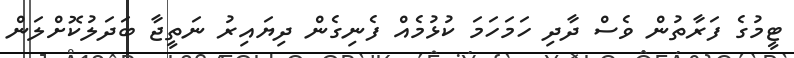
ޓީމުގެ ފަރާތުން ވެސް ދާދި ހަމަހަމަ ކުޅުމެއް ފެނިގެން ދިޔައިރު ނަތީޖާ ބަދަލުކޮށްލަން